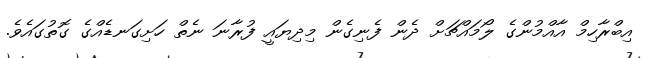
އިބްރާހިމް އާއްމުންގެ ލޯމައްޗަށް ދެން ފެނިގެން މިދިޔައީ ފުރާނަ ނެތް ހަށިގަނޑެއްގެ ގޮތުގައެވެ.